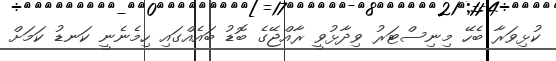
ކުޅިވަރާ ބެހޭ މިނިސްޓަރު ވިދާޅުވީ ރާއްޖޭގެ ބޮޑު ބައެއްގައި ހިމެނެނީ ކަނޑު ކަމަށް